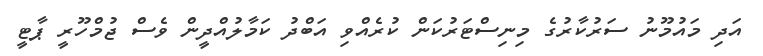
އަދި މައުމޫނު ސަރުކާރުގެ މިނިސްޓަރުކަން ކުރެއްވި އަބްދު ކަމާލުއްދީން ވެސް ޖުމްހޫރީ ޕާޓީ